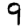
Digit: 9